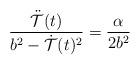
LaTeX: \begin{align*}{ \ddot{\cal T}(t) \over b^2 - \dot{\cal T}(t)^2} = {\alpha \over 2 b^2}\end{align*}